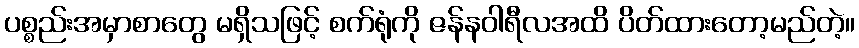
ပစ္စည်းအမှာစာတွေ မရှိသဖြင့် စက်ရုံကို ဇန်နဝါရီလအထိ ပိတ်ထားတော့မည်တဲ့။